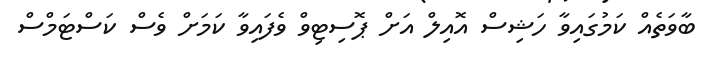
ބާވަތެއް ކަމުގައިވާ ހަޝިސް އޮއިލް އަށް ޕޮސިޓިވް ވެފައިވާ ކަމަށް ވެސް ކަސްޓަމްސް